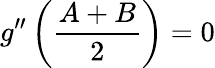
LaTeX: g^{\prime\prime}\left(\frac{A+B}{2}\right)=0